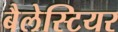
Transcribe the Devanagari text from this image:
बैलेस्टियर